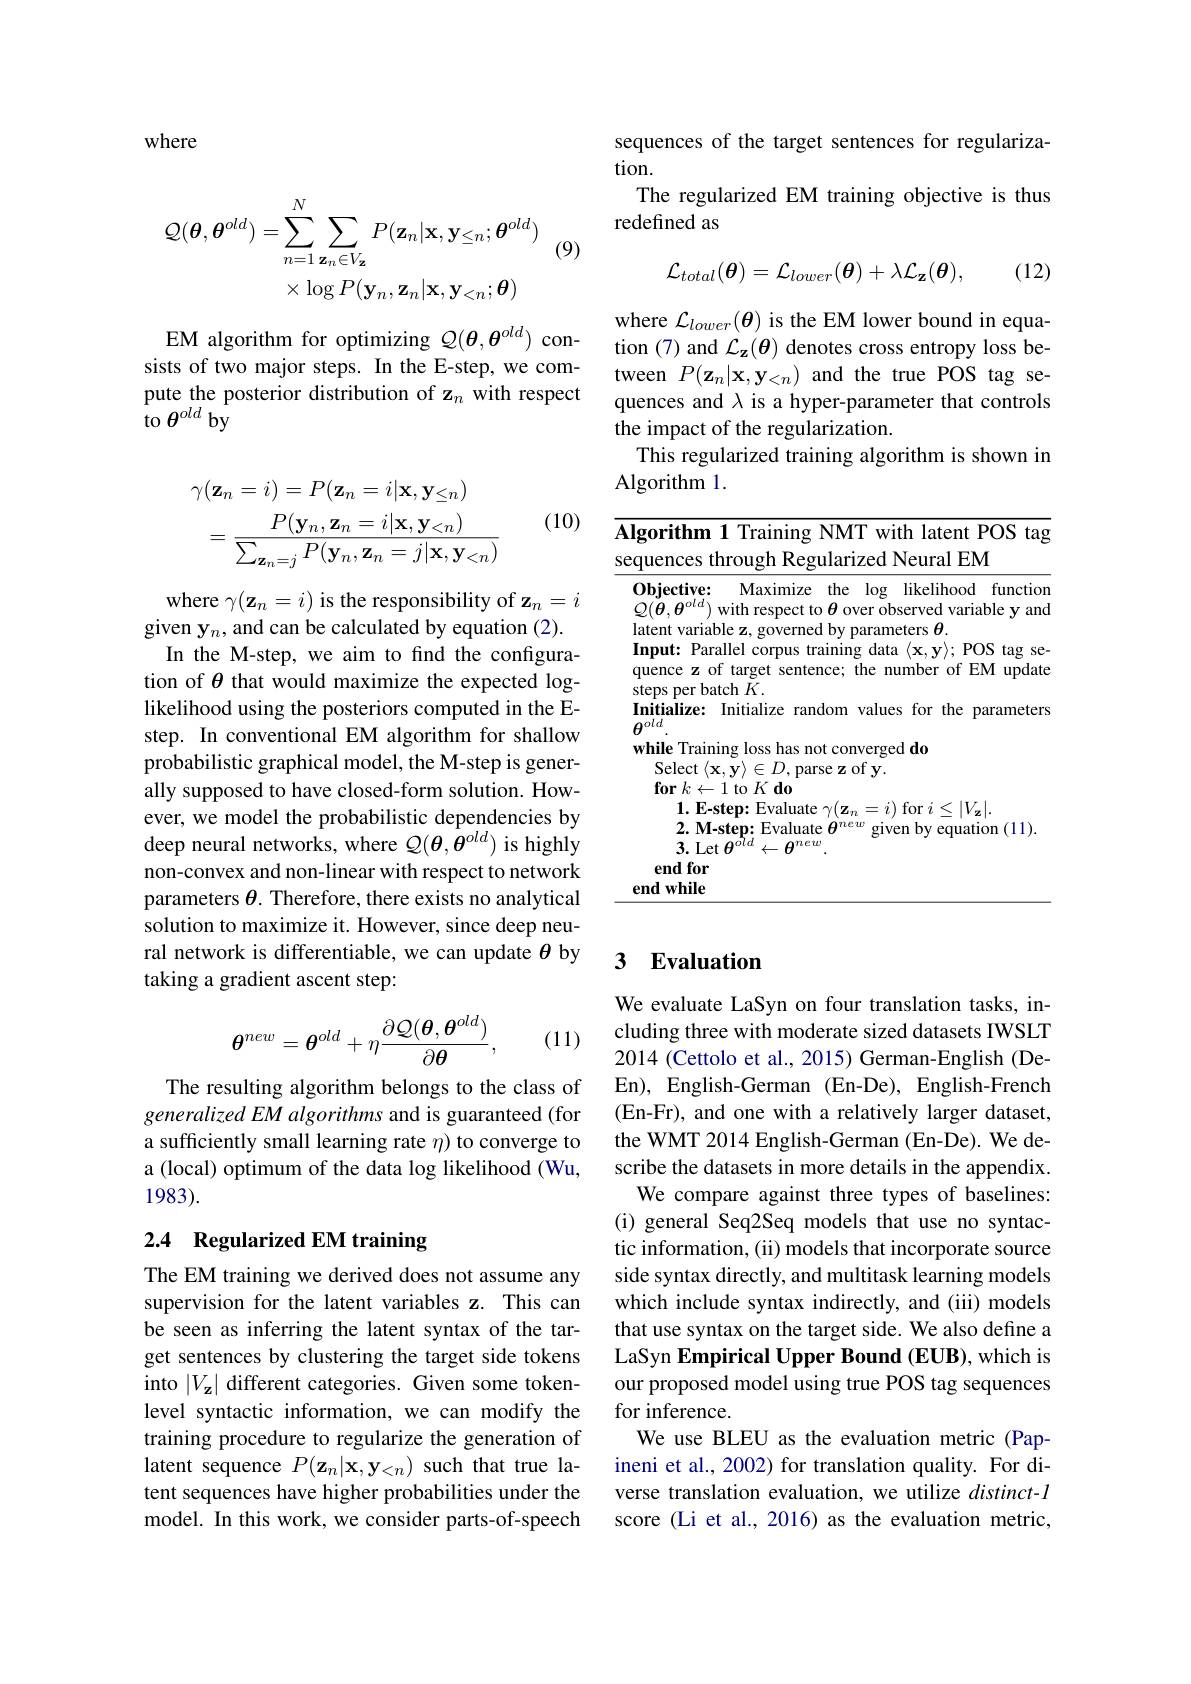
where
$$\begin{aligned}\mathcal{Q}(\boldsymbol{\theta},\boldsymbol{\theta}^{old})&=\sum_{n=1}^{N}\sum_{\mathbf{z}_{n}\in V_{\mathbf{z}}}P(\mathbf{z}_{n}|\mathbf{x},\mathbf{y}_{\leq n};\boldsymbol{\theta}^{old})\\&\times\log P(\mathbf{y}_{n},\mathbf{z}_{n}|\mathbf{x},\mathbf{y}_{<n};\boldsymbol{\theta})\end{aligned}$$
(9)

EM algorithm for optimizing $\mathcal{Q}(\boldsymbol{\theta},\boldsymbol{\theta}^{old})$ consists of two major steps. In the E-step, we compute the posterior distribution of z$_n$ with respect $to\theta^{old}$by

(10)
$$\gamma(\mathbf{z}_{n}=i)=P(\mathbf{z}_{n}=i|\mathbf{x},\mathbf{y}_{\leq n})\\=\frac{P(\mathbf{y}_{n},\mathbf{z}_{n}=i|\mathbf{x},\mathbf{y}_{<n})}{\sum_{\mathbf{z}_{n}=j}P(\mathbf{y}_{n},\mathbf{z}_{n}=j|\mathbf{x},\mathbf{y}_{<n})}$$
where $\gamma(\mathbf{z}_{n}=i)$ is the responsibility of $\mathbf{z}_{n}=i$ given y$_n$,and can be calculated by equation (2). In the M-step, we aim to find the configuration of $\theta$ that would maximize the expected loglikelihood using the posteriors computed in the Estep. In conventional EM algorithm for shallow probabilistic graphical model, the M-step is generally supposed to have closed-form solution. However, we model the probabilistic dependencies by deep neural networks, where $\mathcal{Q}(\boldsymbol{\theta},\dot{\boldsymbol{\theta}}^{old})$ is highly non-convex and non-linear with respect to network parameters $\theta$. Therefore, there exists no analytical solution to maximize it. However, since deep neural network is differentiable, we can update $\theta$ by taking a gradient ascent step:
$$\theta^{new}=\theta^{old}+\eta\frac{\partial\mathcal{Q}(\theta,\theta^{old})}{\partial\theta},$$
(11)

The resulting algorithm belongs to the class of generalized EM algorithms and is guaranteed (for a sufficiently small learning rate $\eta$ to converge to a (local) optimum of the data log likelihood (Wu, 1983).

## 2.4 Regularized EM training

The EM training we derived does not assume any supervision for the latent variables z. This can be seen as inferring the latent syntax of the target sentences by clustering the target side tokens into $|V_{\mathbf{z}}|$ different categories. Given some tokenlevel syntactic information, we can modify the training procedure to regularize the generation of latent sequence $P(\mathbf{z}_{n}|\mathbf{x},\mathbf{y}_{<n})$ such that true latent sequences have higher probabilities under the model. In this work, we consider parts-of-speech

sequences of the target sentences for regulariza-
tion.
The regularized EM training objective is thus
redefined as

(12)
$$\mathcal{L}_{total}(\theta)=\mathcal{L}_{lower}(\theta)+\lambda\mathcal{L}_{\mathbf{z}}(\theta),$$
where $\mathcal{L}_lower(\boldsymbol{\theta})$ is the EM lower bound in equation (7) and $\mathcal{L}_\mathbf{z}(\boldsymbol{\theta})$ denotes cross entropy loss between $P(\mathbf{z}_n|\mathbf{x},\mathbf{y}_{<n})$ and the true POS tag sequences and $\lambda$ is a hyper-parameter that controls the impact of the regularization.
This regularized training algorithm is shown in
Algorithm 1.

<table>
	<tbody>
		<tr>
			<td> </td>
			<td>$\langle\boldsymbol{\Lambda},\boldsymbol{y}\rangle\subset D$, $\textbf{usv z w y}$ $\textbf{or }k\leftarrow 1$ to $K\textbf{ do}$ $\mathbf{1.~E-step:~Evaluate~}\gamma(\mathbf{z}_{n}=i)$ for $i\leq|V_\mathbf{z}|.$ $2. \textbf{M- step: Evaluate }\theta ^{new}$ given by equation (11). 3.Let$\theta^old$ $\leftarrow\boldsymbol{\theta}^{new}$ $\mathbf{ndfor}$ while</td>
		</tr>
	</tbody>
</table>

### 3 $\textbf{Evaluation}$

We evaluate LaSyn on four translation tasks, including three with moderate sized datasets IWSLT 2014 (Cettolo et al., 2015) German-English (DeEn), English-German (En-De), English-French (En-Fr), and one with a relatively larger dataset, the WMT 2014 English-German (En-De). We describe the datasets in more details in the appendix.
We compare against three types of baselines: (i) general Seq2Seq models that use no syntactic information, (ii) models that incorporate source side syntax directly, and multitask learning models which include syntax indirectly, and (iii) models that use syntax on the target side. We also define a LaSyn Empirical Upper Bound (EUB), which is our proposed model using true POS tag sequences for inference.
We use BLEU as the evaluation metric (Papineni et al., 2002) for translation quality. For diverse translation evaluation, we utilize distinct- l score (Li et al., 2016) as the evaluation metric,